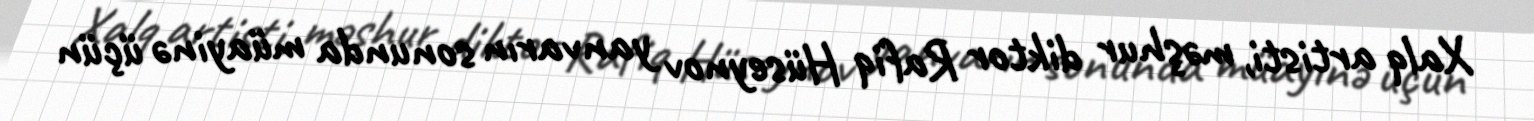
Xalq artisti, məşhur diktor Rafiq Hüseynov yanvarın sonunda müayinə üçün